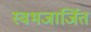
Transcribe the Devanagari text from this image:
स्वभजार्जित